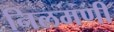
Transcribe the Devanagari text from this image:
निलमणी